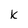
Character: k